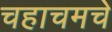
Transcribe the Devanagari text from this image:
चहाचमचे